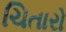
ચિતારો